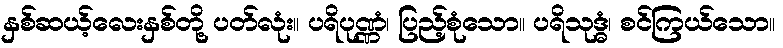
နှစ်ဆယ့်လေးနှစ်တို့ ပတ်လုံး။ ပရိပုဏ္ဏံ၊ ပြည့်စုံသော။ ပရိသုဒ္ဓံ၊ စင်ကြယ်သော။